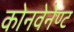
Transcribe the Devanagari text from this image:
कोनवेनेण्ट